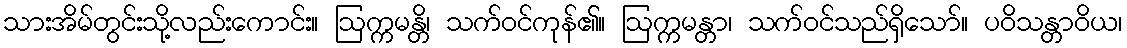
သားအိမ်တွင်းသို့လည်းကောင်း။ ဩက္ကမန္တိ၊ သက်ဝင်ကုန်၏။ ဩက္ကမန္တာ၊ သက်ဝင်သည်ရှိသော်။ ပဝိသန္တာဝိယ၊